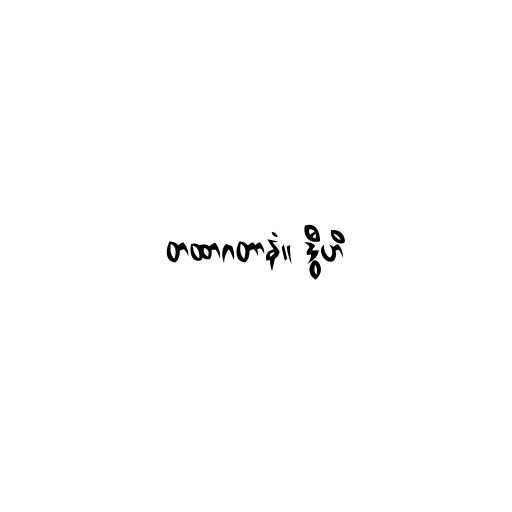
တထာဂတာနံ။ ဒွီဟိ